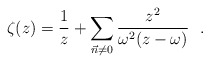
\begin{align*}\zeta (z) = \frac{1}{z} + \sum_{\vec{n} \neq 0} \frac{z^{2}}{\omega^{2}(z-\omega)}~~.\end{align*}